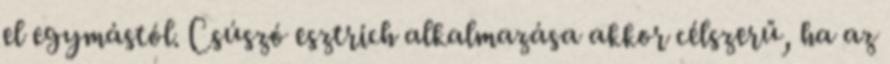
el egymástól. Csúszó esztrich alkalmazása akkor célszerű, ha az